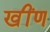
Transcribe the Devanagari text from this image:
खींण